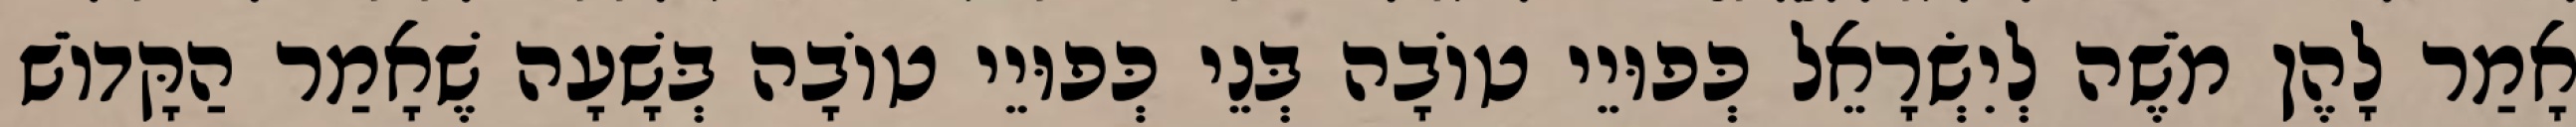
אָמַר לָהֶן מֹשֶׁה לְיִשְׂרָאֵל כְּפוּיֵי טוֹבָה בְּנֵי כְּפוּיֵי טוֹבָה בְּשָׁעָה שֶׁאָמַר הַקָּדוֹשׁ